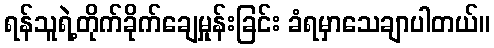
ရန်သူရဲ့တိုက်ခိုက်ချေမှုန်းခြင်း ခံရမှာသေချာပါတယ်။